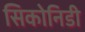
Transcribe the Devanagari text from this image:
सिकोनिडी